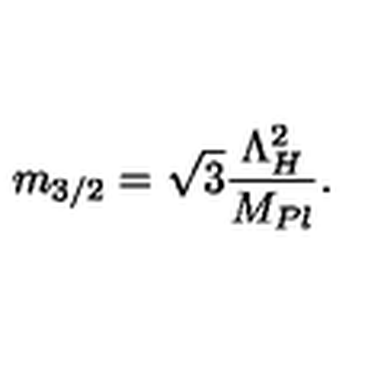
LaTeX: m _ { 3 / 2 } = \sqrt { 3 } \frac { \Lambda _ { H } ^ { 2 } } { M _ { P l } } .